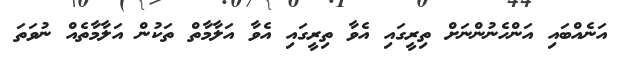
އަނެއްބައި އަންހެނުންނަށް ތިރީގައި އެވާ ތިރީގައި އެވާ އަލާމާތް ތަކުން އަލާމާތެއް ނުވަތަ